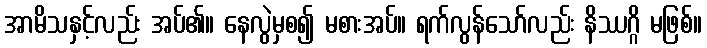
အာမိသနှင့်လည်း အပ်၏။ နေလွဲမှစ၍ မစားအပ်။ ရက်လွန်သော်လည်း နိဿဂ္ဂိ မဖြစ်။